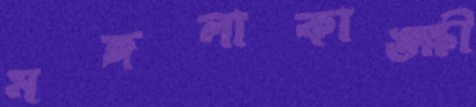
মঙ্গলাকাঙ্ক্ষী